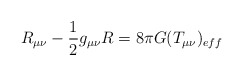
\begin{align*} R_{\mu \nu}-\frac{1}{2} g_{\mu \nu} R =8\pi G (T_{\mu \nu})_{eff}\end{align*}